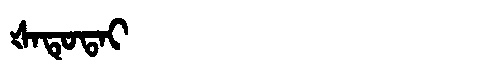
Manchu: ᡧᠠᡨᡠᡨᠠᡳ
Romanization: ŠATUTAI